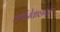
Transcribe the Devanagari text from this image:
कोंनेकशन्स